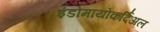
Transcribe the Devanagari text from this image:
इंडोमायोकर्दिअल